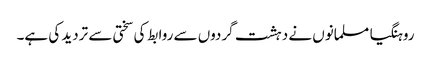
روہنگیا مسلمانوں نے دہشت گردوں سے روابط کی سختی سے تردید کی ہے۔